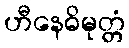
ဟီနေဓိမုတ္တံ